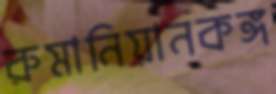
রুমানিয়ানকঙ্গ